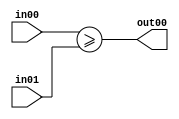
// pr1958001

module s_cmpGe( in00, in01, out00 );

    parameter bw_in00  = 32;
    parameter bw_in01  = 32;

    input signed [bw_in00-1:0]  in00;
    input signed [bw_in01-1:0]  in01;
    output out00;

    assign out00 = ( in00 >= in01 );
endmodule

module x;

    reg signed [31:0] a;
    reg signed b;
    wire c;

    s_cmpGe #(32, 1) inst(a, b, c);

    initial
    begin
        b = 0;
        a = -1;

        #1;

        $display("%d >= %d = %d", a, b, c);
        if (c !== 0) begin
	   $display("FAILED");
	   $finish;
	end

        $display("PASSED");
    end

endmodule